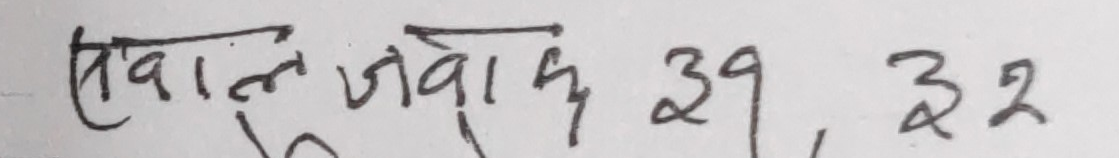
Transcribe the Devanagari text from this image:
सवाल जवाफ ३९, ३२